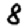
Digit: 8